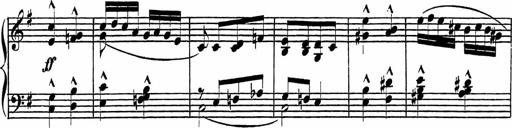
Title: Piano Sonatinas
Composer: Charles Fradel